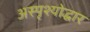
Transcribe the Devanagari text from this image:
अस्पृश्योद्धार